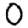
Digit: 0